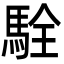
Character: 駩